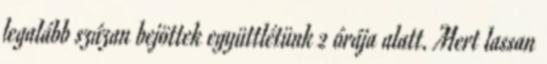
legalább százan bejöttek együttlétünk 2 órája alatt. Mert lassan